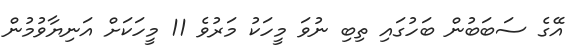
އޭގެ ސަބަބުން ބަހުގައި ތިބި ނުވަ މީހަކު މަރުވެ 11 މީހަކަށް އަނިޔާވުމުން